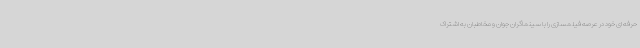
حرفه ای خود در عرصه فیلمسازی را با سینماگران جوان و مخاطبان به اشتراک